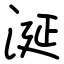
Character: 涎